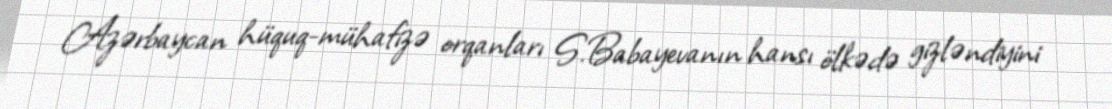
Azərbaycan hüquq-mühafizə orqanları S.Babayevanın hansı ölkədə gizləndiyini